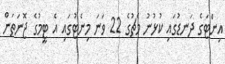
އިންޓަގެ ދަނޑުގައި ކުޅުނު މެޗުގެ 22 ވަނަ މިނެޓުގައި އެ ޓީމުގެ ޖޮނަތަން